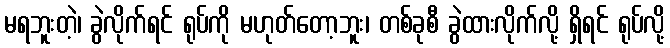
မရဘူးတဲ့၊ ခွဲလိုက်ရင် ရုပ်ကို မဟုတ်တော့ဘူး၊ တစ်ခုစီ ခွဲထားလိုက်လို့ ရှိရင် ရုပ်လို့